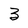
Character: 3